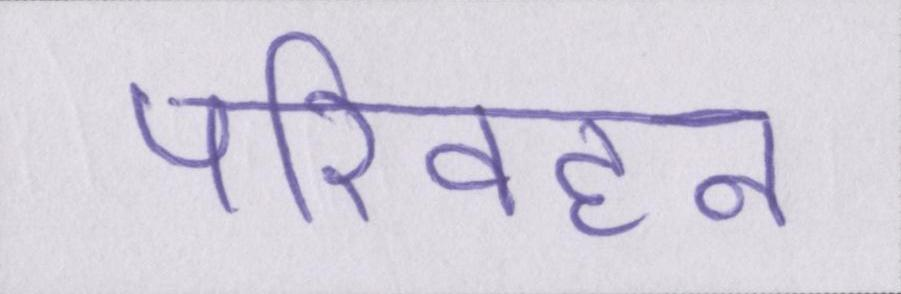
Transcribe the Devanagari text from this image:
परिवहन